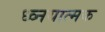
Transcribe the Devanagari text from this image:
ध्व्नयात्मक